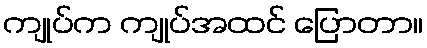
ကျုပ်က ကျုပ်အထင် ပြောတာ။